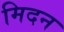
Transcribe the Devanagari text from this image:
मिदन